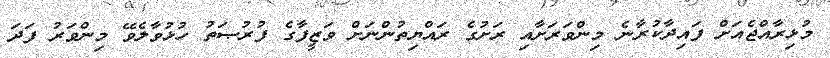
މުޅިރާއްޖެއަށް ފައިދާކުރާނެ މިންވަރަށާއި ރަށުގެ ރައްޔިތުންނަށް ވަޒީފާގެ ފުރުޞަތު ހުޅުވާލެވޭ މިންވަރު ފަދަ